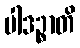
ပါဒဉ္စာတိ